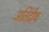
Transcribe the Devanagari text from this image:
अतिंद्रीय